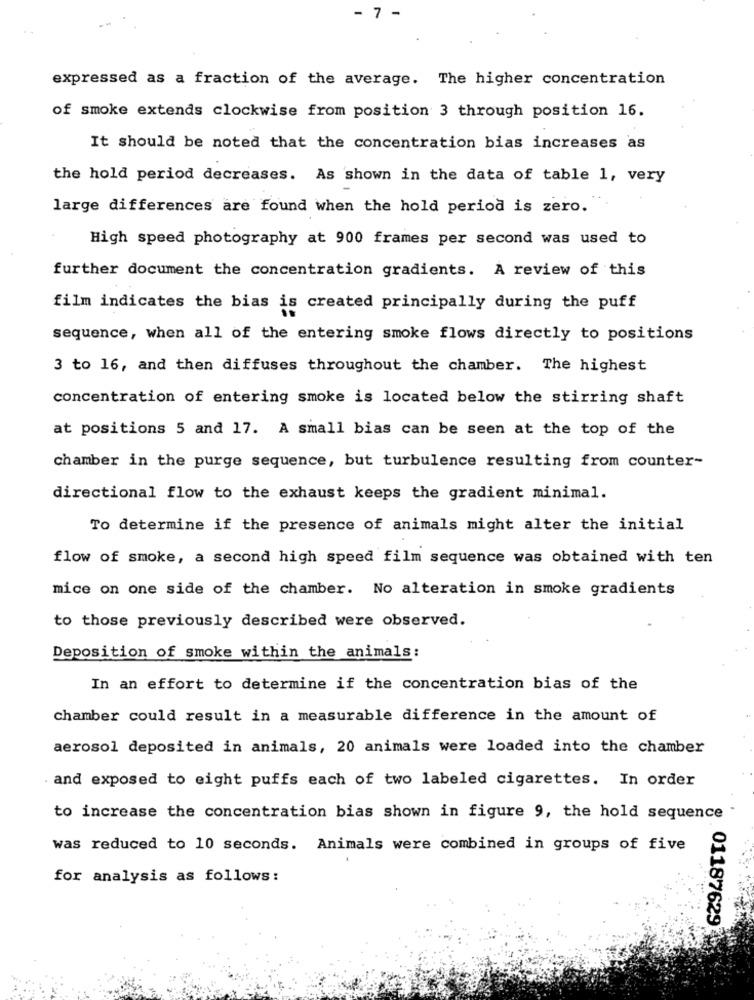
7
expressed as a fraction of the average. The higher concentration
of smoke extends clockwise from position 3 through position 16.
It should be noted that the concentration bias increases as
the hold period decreases. As shown in the data of table 1, very
large differences are found when the hold period is zero.
High speed photography at 900 frames per second was used to
further document the concentration gradients. A review of this
film indicates the bias is created principally during the puff
sequence, when all of the entering smoke flows directly to positions
3 to 16, and then diffuses throughout the chamber. The highest
concentration of entering smoke is located below the stirring shaft
at positions 5 and 17. A small bias can be seen at the top of the
chamber in the purge sequence, but turbulence resulting from counter-
directional flow to the exhaust keeps the gradient minimal.
To determine if the presence of animals might alter the initial
flow of smoke, a second high speed film sequence was obtained with ten
mice on one side of the chamber. No alteration in smoke gradients
to those previously described were observed.
Deposition of smoke within the animals:
In an effort to determine if the concentration bias of the
chamber could result in a measurable difference in the amount of
aerosol deposited in animals, 20 animals were loaded into the chamber
and exposed to eight puffs each of two labeled cigarettes. In order
to increase the concentration bias shown in figure 9, the hold sequence
was reduced to 10 seconds. Animals were combined in groups of five
for analysis as follows:
01187629